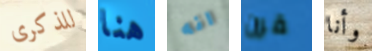
للذكرى هنا انه قرن وأنا